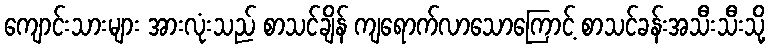
ကျောင်းသားများ အားလုံးသည် စာသင်ချိန် ကျရောက်လာသောကြောင့် စာသင်ခန်းအသီးသီးသို့